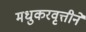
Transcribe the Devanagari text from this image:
मधुकरवृत्तीने